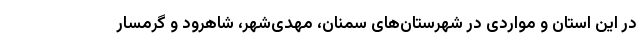
در این استان و مواردی در شهرستان‌های سمنان، مهدی‌شهر، شاهرود و گرمسار